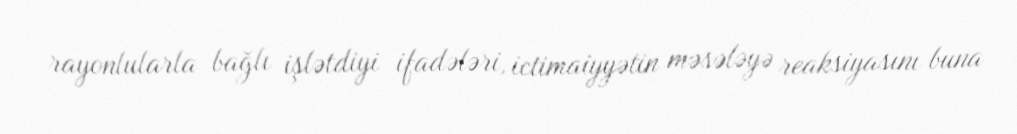
rayonlularla bağlı işlətdiyi ifadələri, ictimaiyyətin məsələyə reaksiyasını buna